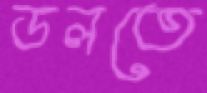
ডলতে